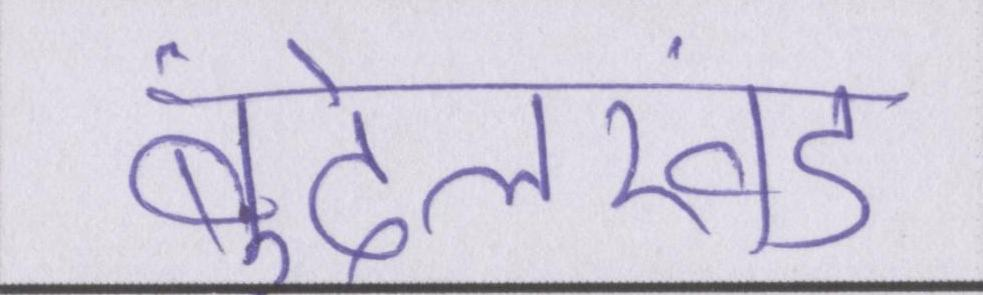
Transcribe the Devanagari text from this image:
बुंदेलखंड